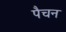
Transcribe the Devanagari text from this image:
पैचन